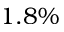
1 . 8 \%